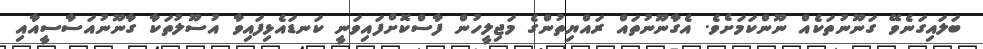
ބަލައިގަނެވޭ ގަނޫނުތަކެއް ނޫންކަމަށެވެ. އެގާނޫނުތައް ރައްޔިތުންގެ މަޖިލީހުން ފާސްކޮށްފައިވަނީ ކަނޑައެޅިފައިވާ އުސޫލުތަކާ ގާނޫނުއަސާސީއާއި